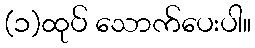
(၁)ထုပ် သောက်ပေးပါ။